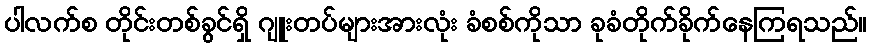
ပါလက်စ တိုင်းတစ်ခွင်ရှိ ဂျူးတပ်များအားလုံး ခံစစ်ကိုသာ ခုခံတိုက်ခိုက်နေကြရသည်။